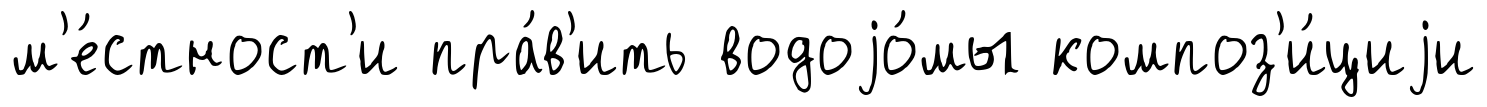
м'е́стност'и пра́в'ить водоjо́мы композ'и́циjи